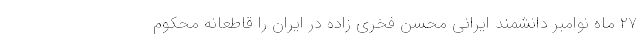
۲۷ ماه نوامبر دانشمند ایرانی محسن فخری زاده در ایران را قاطعانه محکوم